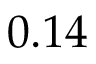
0 . 1 4